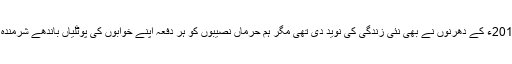
ہمیں 2014ء اور 2016ء کے دھرنوں نے بھی نئی زندگی کی نوید دی تھی مگر ہم حرماں نصیبوں کو ہر دفعہ اپنے خوابوں کی پوٹلیاں باندھے شرمندہ ہو کر واپس پلٹنا پڑا۔